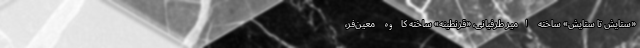
«ستایش تا ستایش» ساخته امیر طرفیانی، «قرنطینه» ساخته کاوه معین‌فر،